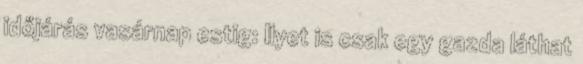
időjárás vasárnap estig: Ilyet is csak egy gazda láthat